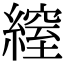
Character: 𦄔